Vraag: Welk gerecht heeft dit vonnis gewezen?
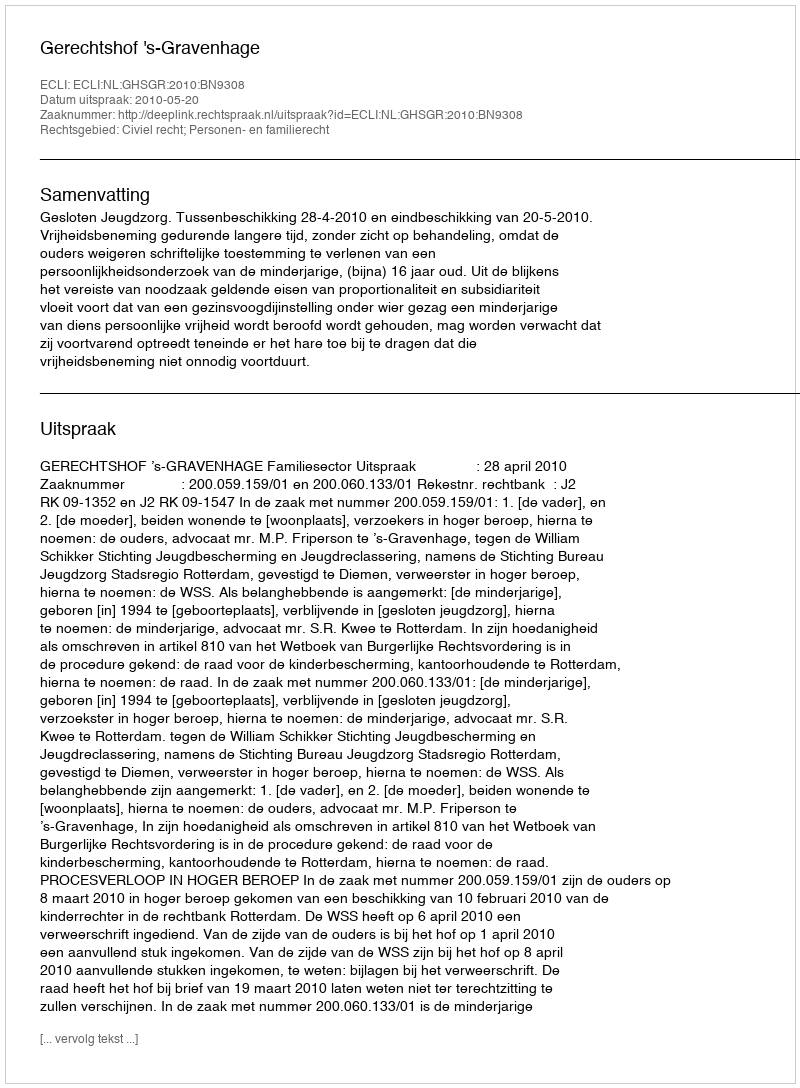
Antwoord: Gerechtshof 's-Gravenhage